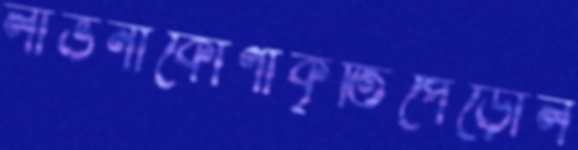
লাভনীকোণাকৃতিপেড়োল